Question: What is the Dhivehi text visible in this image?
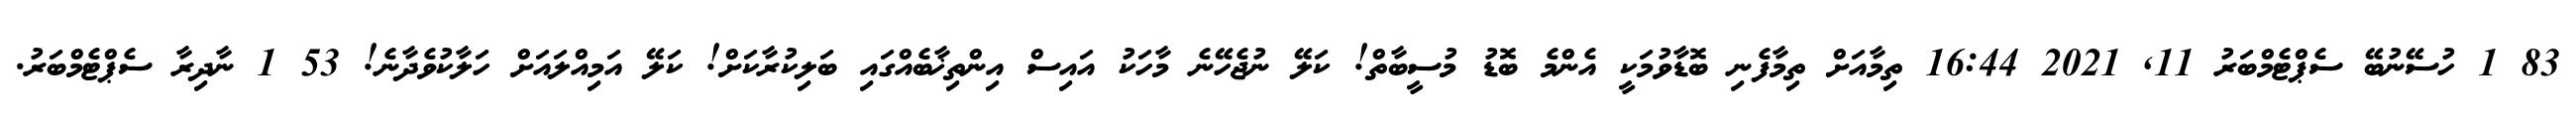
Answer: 83 1 ހުސޭނުބޭ ސެޕްޓެމްބަރު 11, 2021 16:44 ތިމާއަށް ތިމާފެނި ބޮޑާވުމަކީ އެންމެ ބޮޑު މުސީބާތް! ކަލޭ ނުޖެހޭނެ މާހަކު އައިސް އިންތިޚާބެއްގައި ބަލިކުރާކަށް! ކަލޭ އަމިއްލައަށް ހަލާކުވެދާނެ! 53 1 ނާދިރާ ސެޕްޓެމްބަރު.